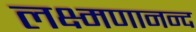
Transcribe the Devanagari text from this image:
लक्ष्मणानन्द